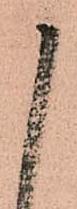
御